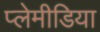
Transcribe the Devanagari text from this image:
प्लेमीडिया